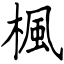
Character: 楓